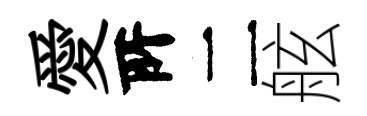
愛𠩄二舷